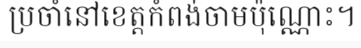
ប្រចាំនៅខេត្តកំពង់ចាមប៉ុណ្ណោះ។